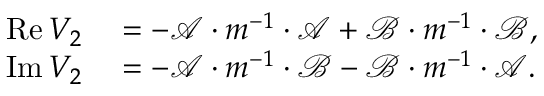
\begin{array} { r l } { \operatorname { R e } V _ { 2 } } & { { } = - \mathcal { A } \cdot m ^ { - 1 } \cdot \mathcal { A } + \mathcal { B } \cdot m ^ { - 1 } \cdot \mathcal { B } , } \\ { \operatorname { I m } V _ { 2 } } & { { } = - \mathcal { A } \cdot m ^ { - 1 } \cdot \mathcal { B } - \mathcal { B } \cdot m ^ { - 1 } \cdot \mathcal { A } . } \end{array}